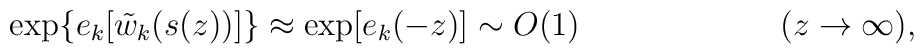
\exp \{e_k[\tilde{w}_k(s(z))]\}\approx \exp [e_k(-z)]\sim O(1)\hspace{1in}(z\rightarrow\infty),